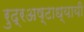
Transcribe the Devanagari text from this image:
रुद्रअष्‍टाध्‍यायी